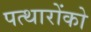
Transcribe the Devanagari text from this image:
पत्थारोंको